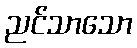
ညင်သာသော